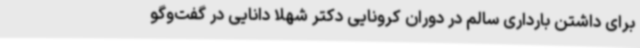
برای داشتن بارداری سالم‌ در دوران کرونایی دکتر شهلا دانایی در گفت‌وگو